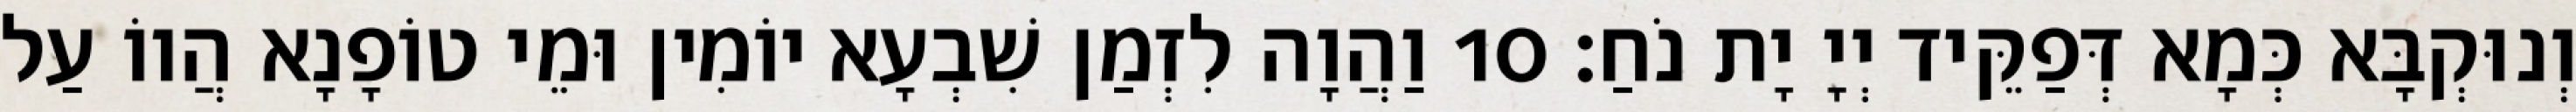
וְנוּקְבָּא כְּמָא דְּפַקֵּיד יְיָ יָת נֹחַ׃ 10 וַהֲוָה לִזְמַן שִׁבְעָא יוֹמִין וּמֵי טוֹפָנָא הֲווֹ עַל